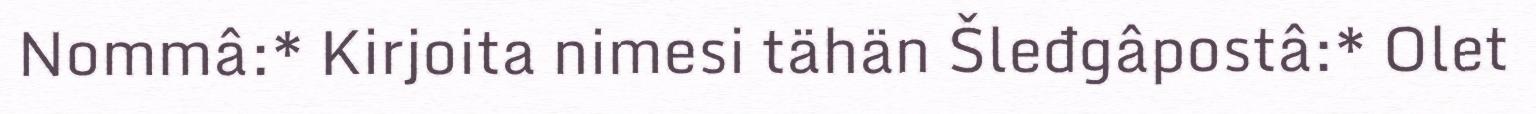
Nommâ:* Kirjoita nimesi tähän Šleđgâpostâ:* Olet